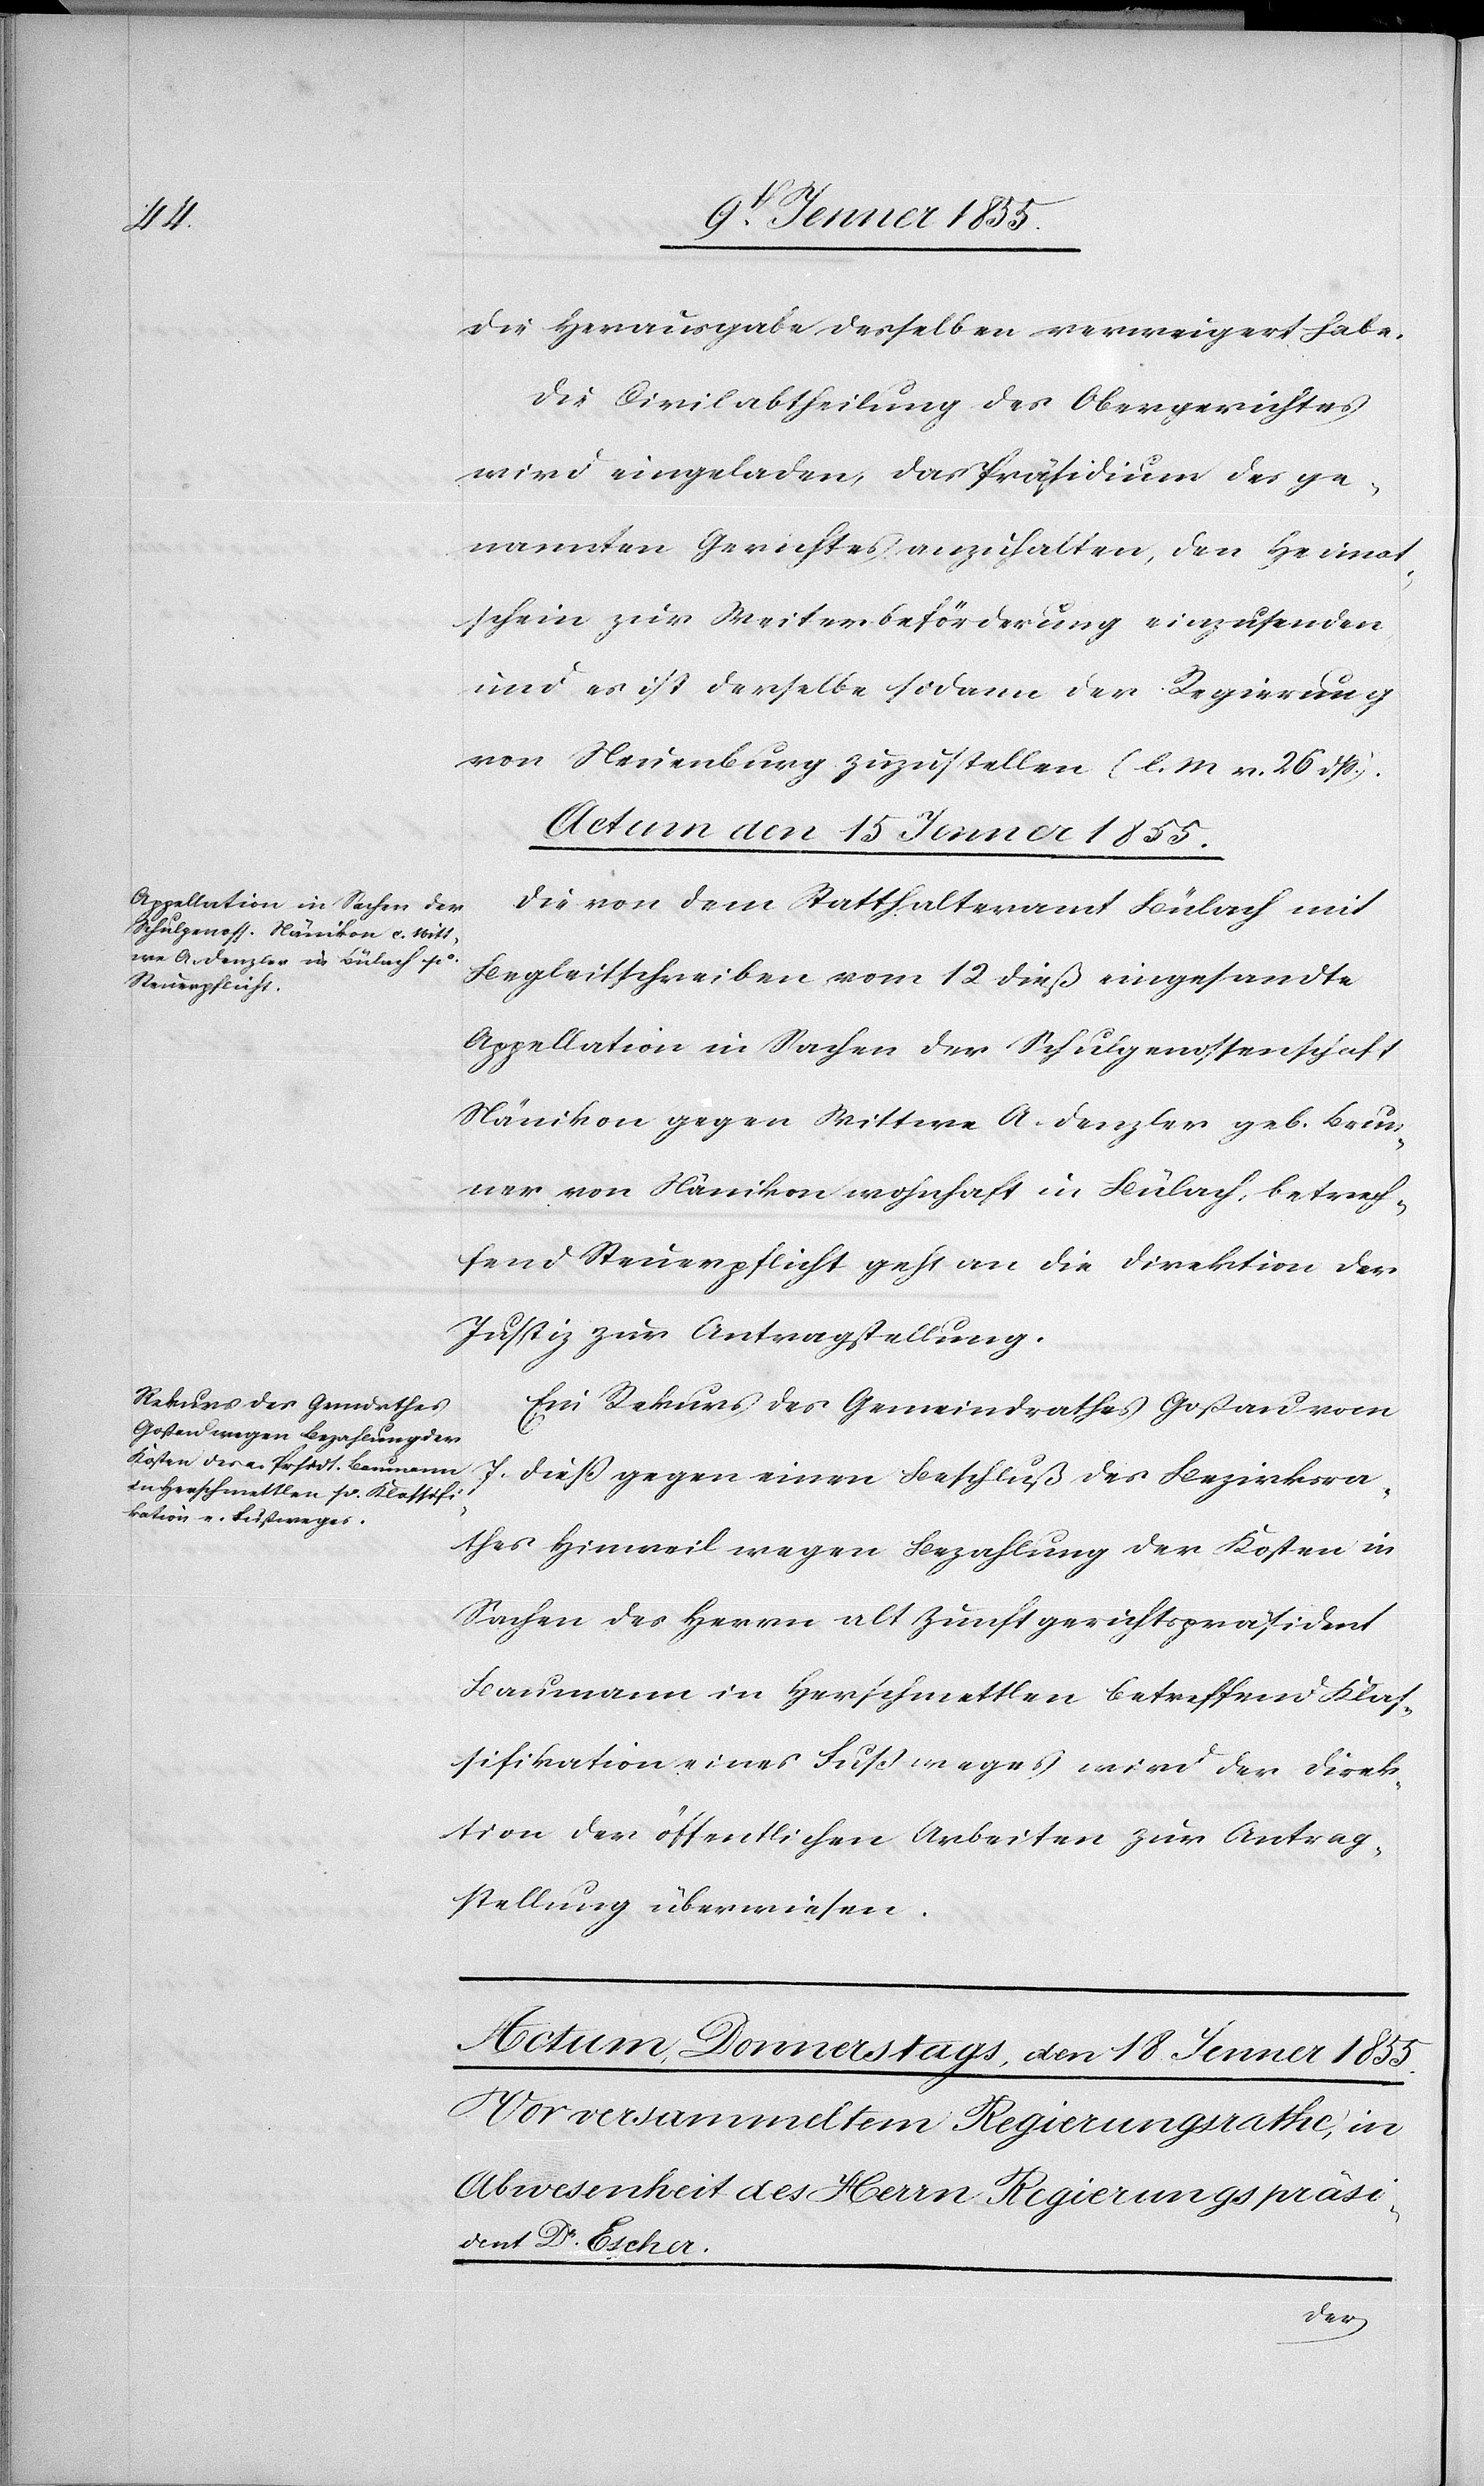
die Herausgabe desselben verweigert habe.
Die Civilabtheilung des Obergerichtes
wird eingeladen, das Präsidium des ge¬
nannten Gerichtes anzuhalten, den Heimat¬
schein zur Weiterbeförderung einzusenden
und es ist derselbe sodann der Regierung
von Neuenburg zuzustellen (l. M v. 26 dss.).
Actum den 15 Jenner 1855.]
Die von dem Statthalteramt Bülach mit
Begleitschreiben vom 12 dieß eingesandte
Appellation in Sachen der Schulgenossenschaft
Nänikon gegen Wittwe A. Denzler geb. Brun¬
ner von Nänikon wohnhaft in Bülach, betref¬
fend Steuerpflicht geht an die Direktion der
Justiz zur Antragstellung.
Ein Rekurs des Gemeindrathes Goßau vom
7. dieß gegen einen Beschluß des Bezirksra¬
thes Hinweil wegen Bezahlung der Kosten in
Sachen des Herrn alt Zunftgerichtspräsident
Baumann in Herschmettlen betreffend Klas¬
sifikation eines Fußweges wird der Direk¬
tion der öffentlichen Arbeiten zur Antrag¬
stellung überwiesen.